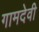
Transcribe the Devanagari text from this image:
गामदेवी